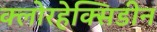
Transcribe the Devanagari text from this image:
क्लोरहेक्सिडीन